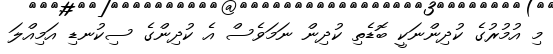
މި އުމުރުގެ ކުދިންނަކީ ބޮޑެތި ކުދިން ނަމަވެސް އެ ކުދިންގެ ސިކުނޑި އަމިއްލަ